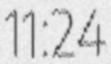
11:24